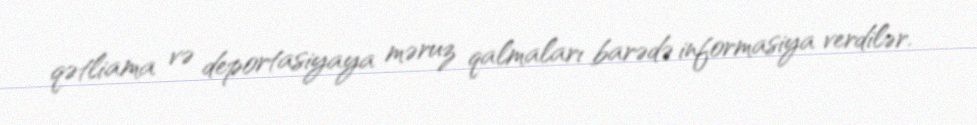
qətliama və deportasiyaya məruz qalmaları barədə informasiya verdilər.